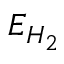
E _ { H _ { 2 } }